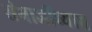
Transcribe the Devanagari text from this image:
संभाजींच्याच